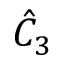
{ \hat { C } } _ { 3 }